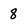
Character: 8